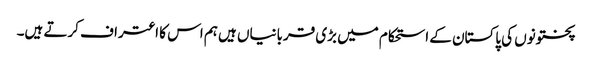
پختونوں کی پاکستان کے استحکام میں بڑی قربانیاں ہیں ہم اس کا اعتراف کرتے ہیں۔